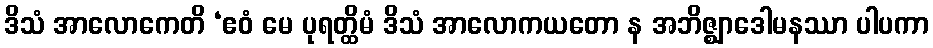
ဒိသံ အာလောကေတိ ‘ဧဝံ မေ ပုရတ္ထိမံ ဒိသံ အာလောကယတော န အဘိဇ္ဈာဒေါမနဿာ ပါပကာ